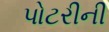
પોટરીની